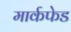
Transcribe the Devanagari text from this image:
मार्कफेड